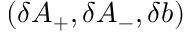
( \delta A _ { + } , \delta A _ { - } , \delta b )